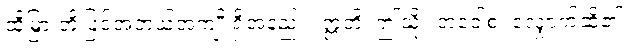
ထိုမြှားတို့ဖြင့်အဘယ်အကျိုးရှိအံ့နည်း။ ဣတိ၊ ဤသို့။ အဝေါစ၊ လျှောက်ဆို၏။